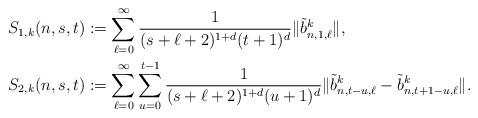
LaTeX: \begin{align*}S_{1,k}(n,s,t) &:=\sum_{\ell = 0}^{\infty} \frac{1}{(s + \ell +2)^{1 + d}(t+1)^d} \Vert \tilde{b}^k_{n,1,\ell} \Vert, \\S_{2,k}(n,s,t) &:= \sum_{\ell = 0}^{\infty} \sum_{u=0}^{t-1} \frac{1}{(s + \ell +2)^{1+d}(u + 1)^d} \Vert \tilde{b}^k_{n,t-u,\ell} - \tilde{b}^k_{n,t+1-u,\ell} \Vert.\end{align*}